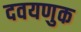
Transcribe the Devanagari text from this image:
दवयणुक